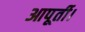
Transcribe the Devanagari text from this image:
आपूर्ती।